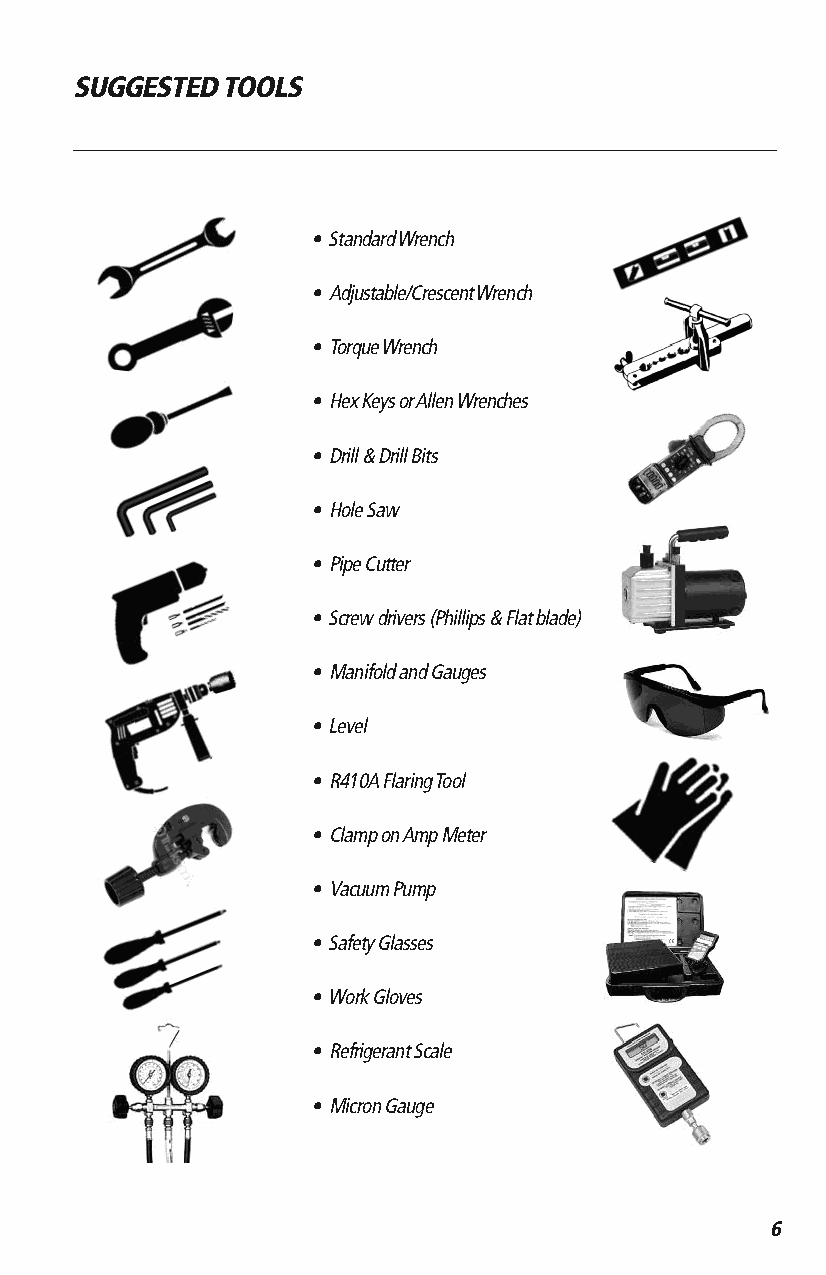
SUGGESTED TOOLS
 • Standard Wrench
 • Adjustable/Crescent Wrench
 • Torque Wrench
 • Hex Keys or Allen Wrenches
 • Drill & Drill Bits
 • Hole Saw
 • Pipe Cutter
 • Screw drivers (Phillips & Flat blade)
 • Manifold and Gauges
 • Level
 • R410A Flaring Tool
 • Clamp on Amp Meter
 • Vacuum Pump
 • Safety Glasses
 • Work Gloves
 • Refrigerant Scale
 • Micron Gauge
 6